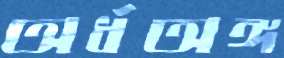
অর্ধঅঙ্গ